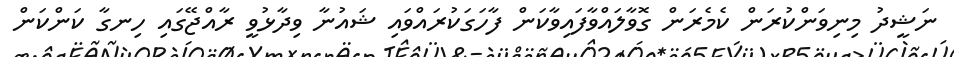
ނަޝީދު މިނިވަންކުރަން ކެމެރަން ގޮވާލައްވާފައިވާކަން ފާހަގަކުރައްވައި ޝައުނާ ވިދާޅުވީ ރާއްޖޭގައި ހިނގާ ކަންކަން